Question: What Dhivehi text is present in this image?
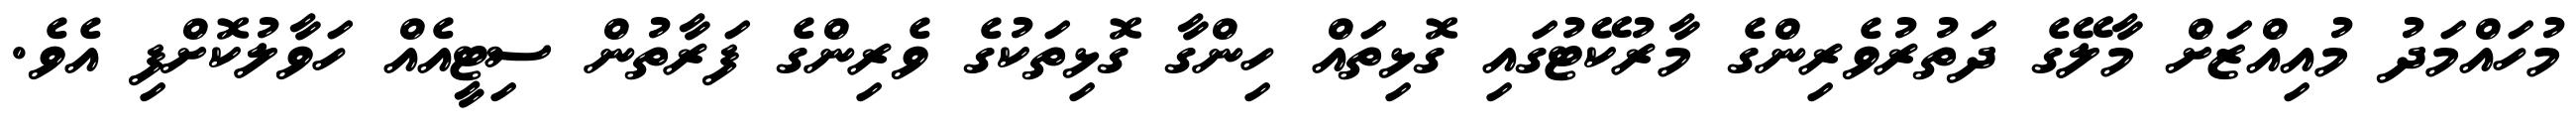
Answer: މުހައްމަދު މުއިއްޒަށް މާލޭގެ ދަތުރުވެރިންގެ މާރުކޭޓުގައި ގޮޅިތައް ހިންގާ ގޮޅިތަކުގެ ވެރިންގެ ފަރާތުން ސިޓީއެއް ހަވާލުކޮށްފި އެވެ.